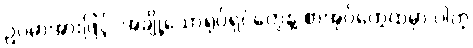
ဥပမာအားဖြင့်၊ အချို့သောရုပ်ရှင်တွေနဲ့ စာအုပ်တွေထဲမှာ ပါတဲ့